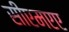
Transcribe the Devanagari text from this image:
सीएमएए